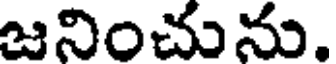
జనించును.